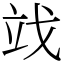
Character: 䇅